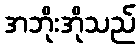
အဘိုးအိုသည်